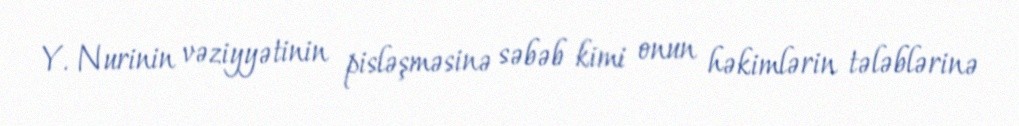
Y. Nurinin vəziyyətinin pisləşməsinə səbəb kimi onun həkimlərin tələblərinə